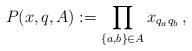
LaTeX: \begin{align*}P(x,q, A) := \prod_{\{a,b\}\in A} x_{q_aq_b}\, , \end{align*}